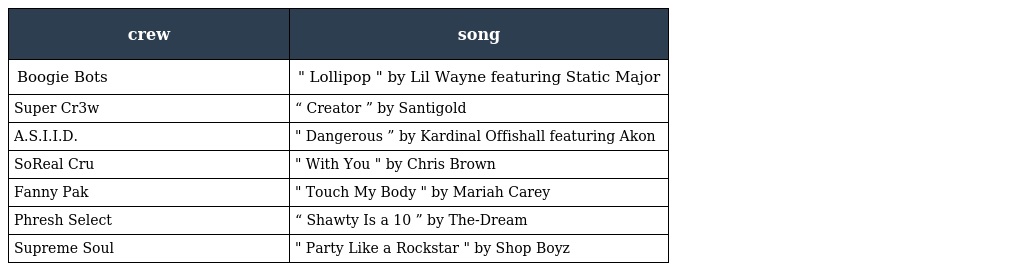
| crew | song |
 | --- | --- |
 | Boogie Bots | " Lollipop " by Lil Wayne featuring Static Major |
 | Super Cr3w | “ Creator ” by Santigold |
 | A.S.I.I.D. | " Dangerous ” by Kardinal Offishall featuring Akon |
 | SoReal Cru | " With You " by Chris Brown |
 | Fanny Pak | " Touch My Body " by Mariah Carey |
 | Phresh Select | “ Shawty Is a 10 ” by The-Dream |
 | Supreme Soul | " Party Like a Rockstar " by Shop Boyz |